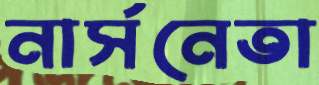
নার্সনেতা